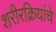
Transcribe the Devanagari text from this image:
शरीरक्रियांचे